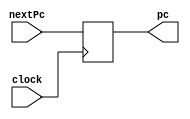
`timescale 1ns / 1ps
module PC(
        input[31:0] nextPc,
        input clock,
        output reg[31:0] pc
    );
    initial begin
        pc = 100;
        end
    always@(posedge clock) begin
        pc = nextPc;
    end
endmodule